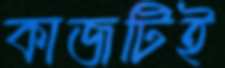
কাজটিই